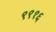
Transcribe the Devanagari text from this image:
९९१६